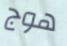
هوج